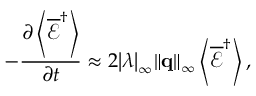
- \frac { { \partial \left\langle { { { \overline { { \mathcal E } } } ^ { \dag } } } \right\rangle } } { { \partial t } } \approx 2 { \left| \lambda \right| _ { \infty } } { \left\| { \bf { q } } \right\| _ { \infty } } \left\langle { { { \overline { { \mathcal E } } } ^ { \dag } } } \right\rangle ,